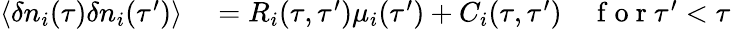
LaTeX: \begin{array}{rl}{{}\langle\delta n_{i}(\tau)\delta n_{i}(\tau^{\prime})\rangle}&{{}=R_{i}(\tau,\tau^{\prime})\mu_{i}(\tau^{\prime})+C_{i}(\tau,\tau^{\prime})\quad\mathrm{~f~o~r~}\tau^{\prime}<\tau}\end{array}